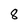
Character: 8